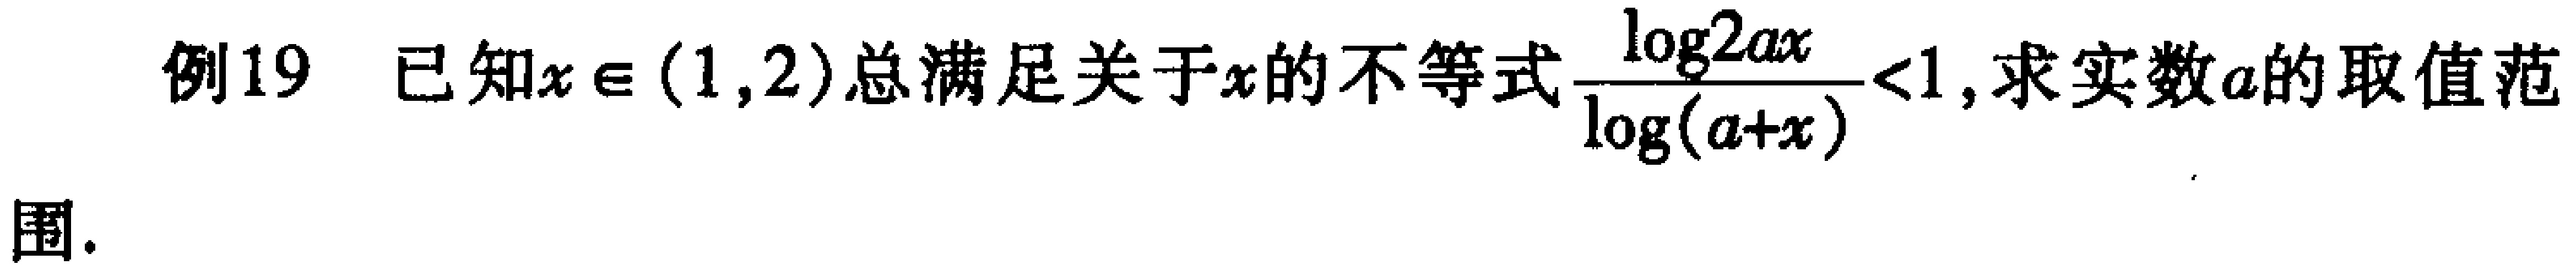
例19 已知\(x\in(1,2)\)总满足关于\(x\)的不等式\(\frac{\log_{2a}x}{\log_{(a + x)}}<1\)，求实数\(a\)的取值范围.